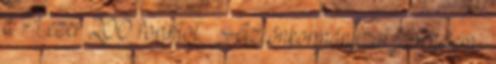
a 71 ezer 200 forintot. – Az önkormányzat jövedelem-